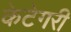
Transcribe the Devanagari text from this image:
केटेगरी